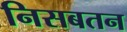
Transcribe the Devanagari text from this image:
निसबतन